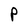
Character: P